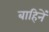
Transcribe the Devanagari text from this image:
बाहिनें